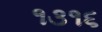
૧૩૧૬